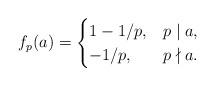
LaTeX: \begin{align*}f_p(a) = \begin{cases} 1-1/p, & p\mid a, \\ -1/p, & p \nmid a.\end{cases}\end{align*}